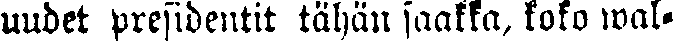
uudet presidentit tähän saakka, koko wal-